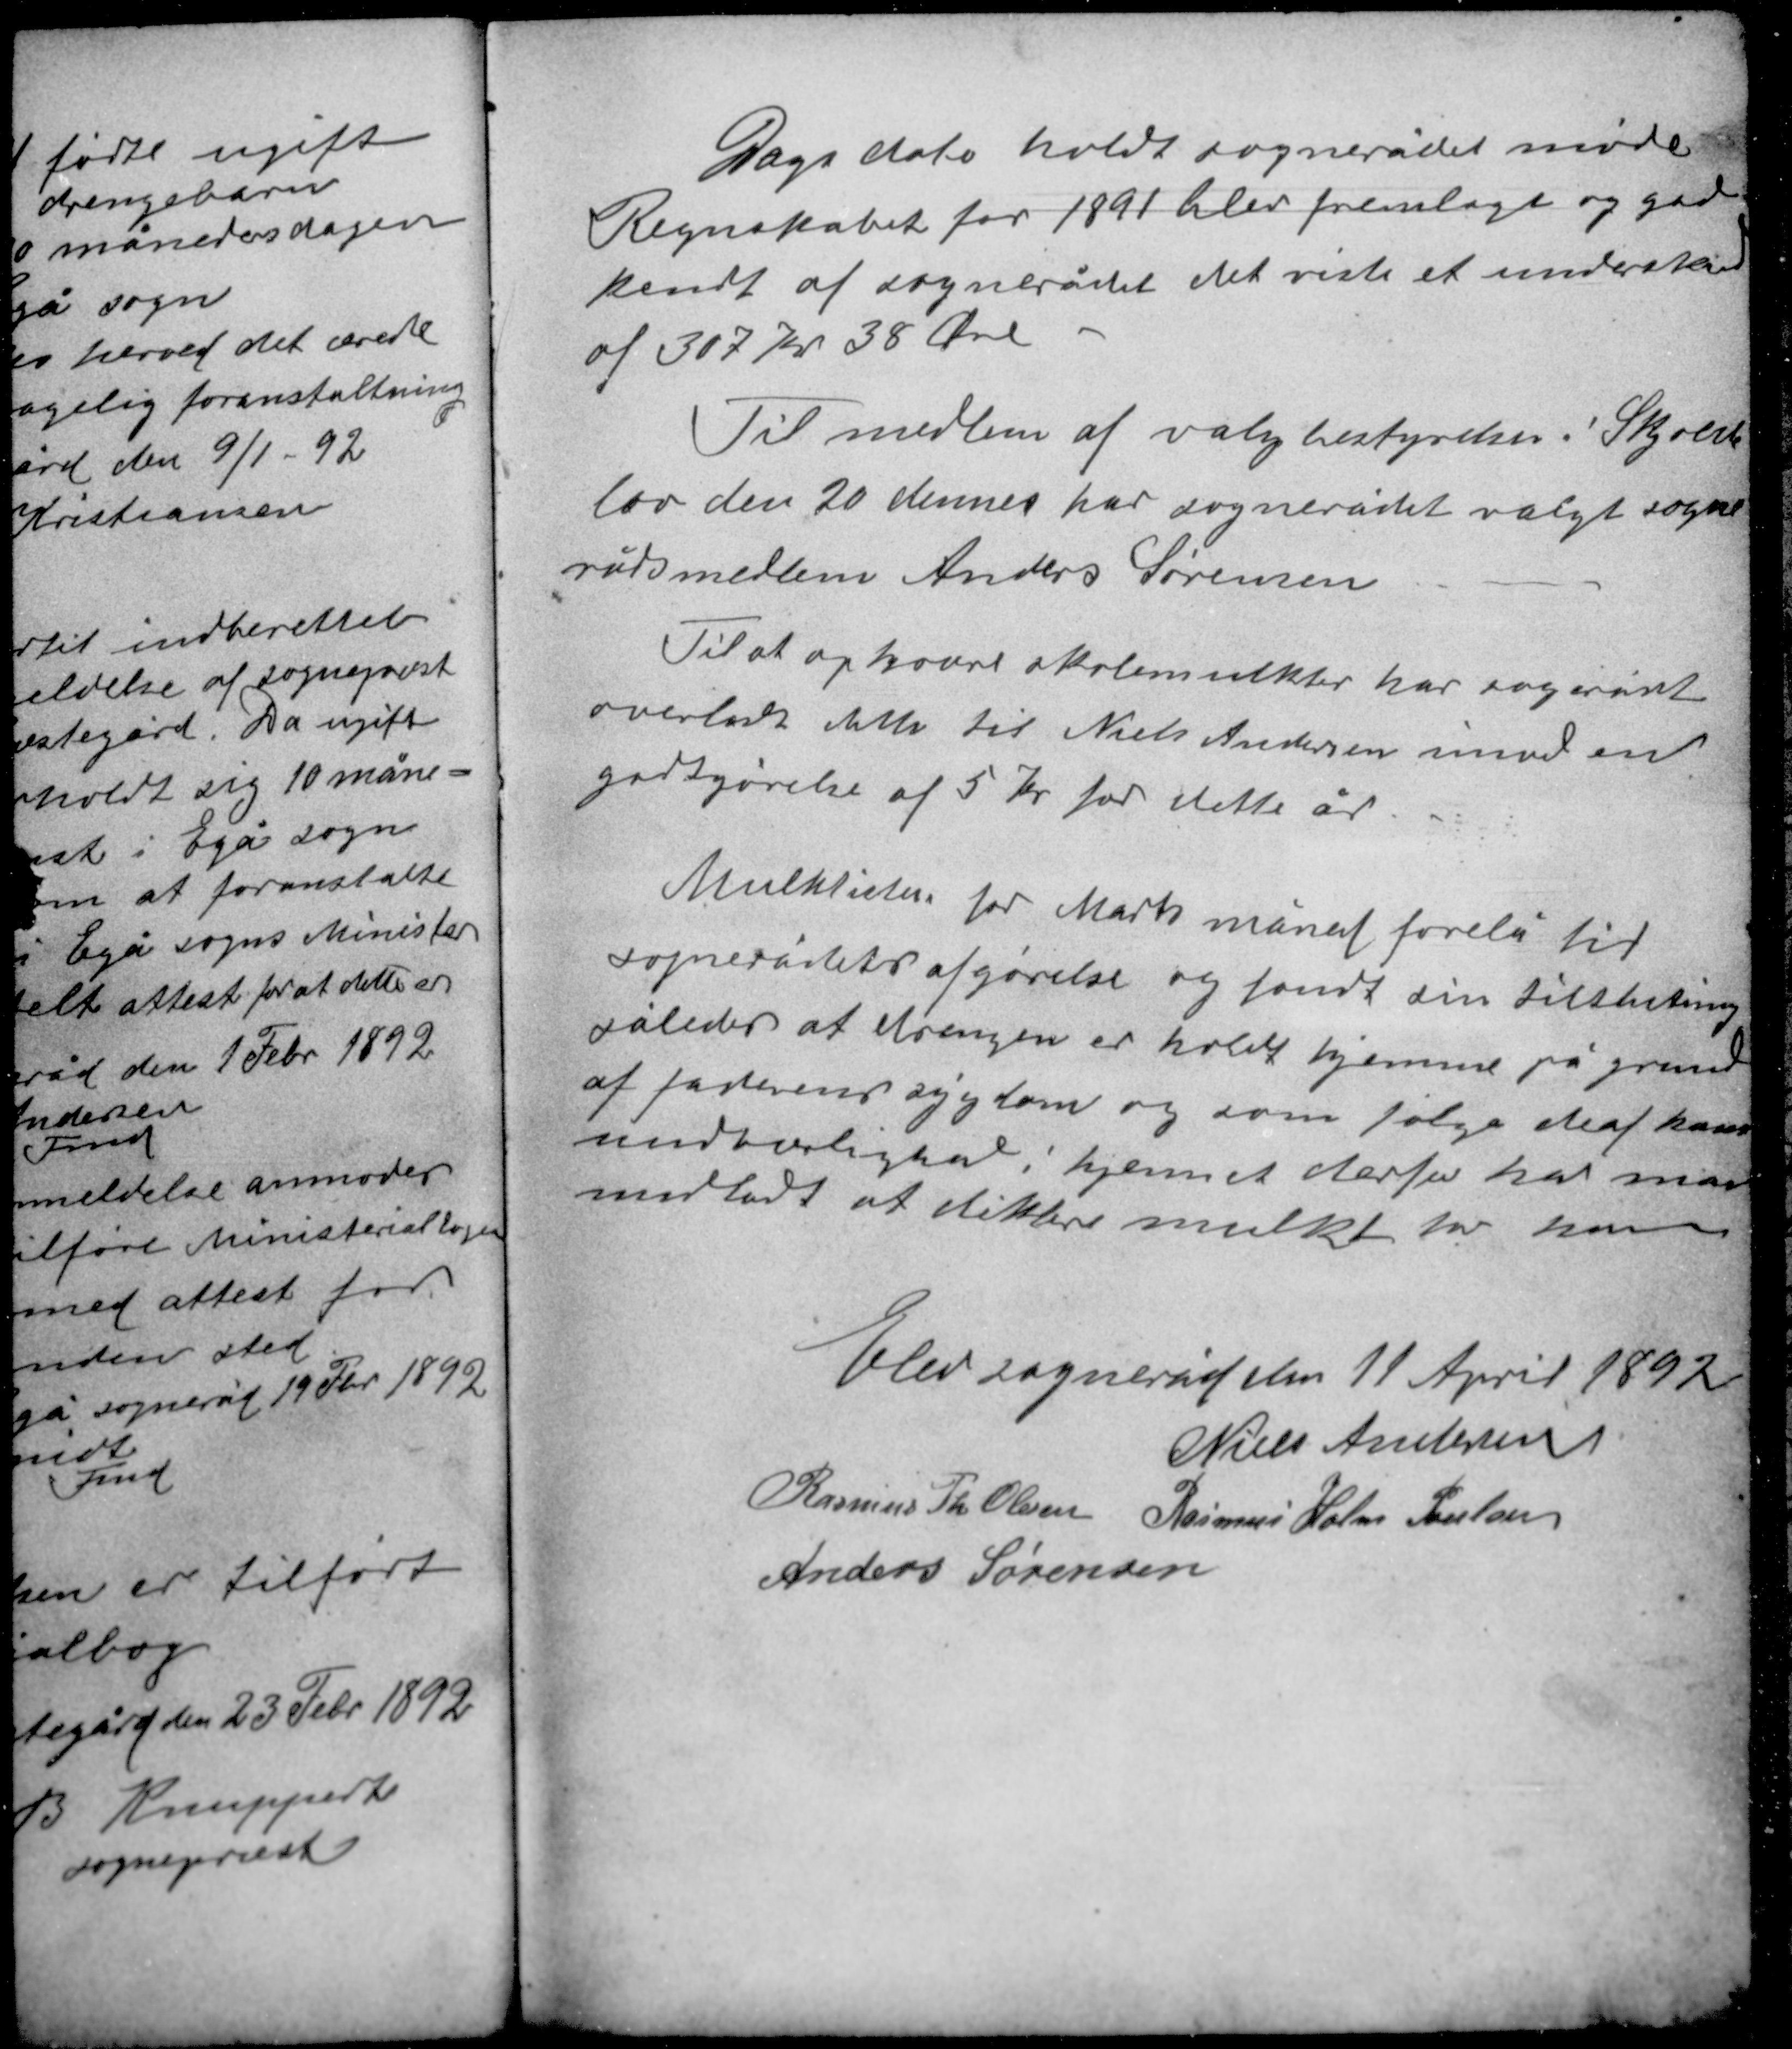
Transskription:
Dags dato holdt sognerådet møde
Regnskabet for 1891 blev fremlagt og god-
kendt af sognerådet det viste et underskud
af 307 Kr 38 Øre.

Til medlem af valgbestyrelsen i Skjolde
lev den 20 dennes har sognerådet valgt sogne-
rådsmedlem Anders Sørensen.
Til at opkræve skolemulkter har sognerådet
overladt dette til Niels Andersen imod en
godtgørelse af 5 kr for dette år.

Mulklisten for Marts måned forelå til
sognerådets afgørelse og fandt sin tilslutning
således at drengen er holdt hjemme på grund
af faderens sygdom og som følge deraf hans
uundværlighed i hjemmet derfor har man
undladt at diktere mulkt for ham.

Elev sogneråd den 11 April 1892
Niels Andersen
Rasmus Th. Olesen Rasmus Holm Poulsen
Anders Sørensen